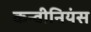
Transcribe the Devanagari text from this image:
कन्वीनियंस